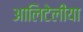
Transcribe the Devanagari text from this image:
आलिटेलीया